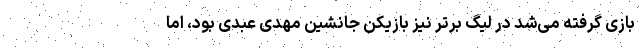
بازی گرفته می‌شد در لیگ برتر نیز بازیکن جانشین مهدی عبدی بود، اما